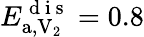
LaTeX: E_{\mathrm{a},\mathrm{V}_{2}}^{\mathrm{~d~i~s~}}=0.8